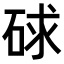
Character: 𥒸